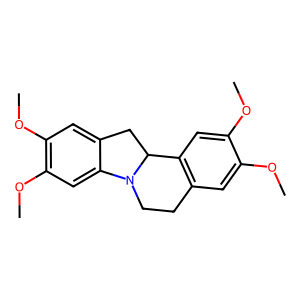
SMILES: COc1cc2c(cc1OC)C1Cc3cc(OC)c(OC)cc3N1CC2
Inhibits HIV replication: No